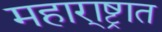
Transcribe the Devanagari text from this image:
महारा्ष्ट्रात